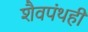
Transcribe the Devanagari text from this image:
शैवपंथही